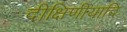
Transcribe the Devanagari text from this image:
दीक्षिणीयादि